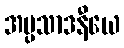
အပ္ပသာဒနီယေ